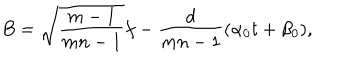
LaTeX: B = \sqrt { \frac { m - 1 } { m n - 1 } } f - \frac { d } { m n - 1 } ( \alpha _ { 0 } t + \beta _ { 0 } ) ,